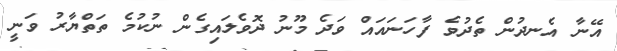
އޭނާ އެނދުން ތެދުވެ ފާހަނައައް ވަދެ މޫނު ދޮވެލައިގެން ނުކުމެ ތަތްޔާރު ވަނީ